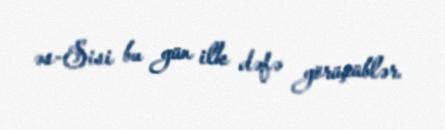
əs-Sisi bu gün ilk dəfə görüşüblər.